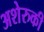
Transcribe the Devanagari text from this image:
अशेरुकी